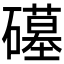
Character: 𮁒